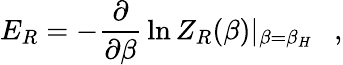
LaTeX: E_{R}=-{\frac{\partial}{\partial\beta}}\ln Z_{R}(\beta)|_{\beta=\beta_{H}}~~~,